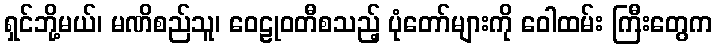
ရှင်ဘို့မယ်၊ မဏိစည်သူ၊ ဝေဠုဝတီစသည့် ပုံတော်များကို ဝေါထမ်း ကြီးတွေက